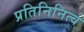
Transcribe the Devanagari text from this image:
प्रतिनिनित्व